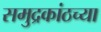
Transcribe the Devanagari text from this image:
समुद्रकांठच्या